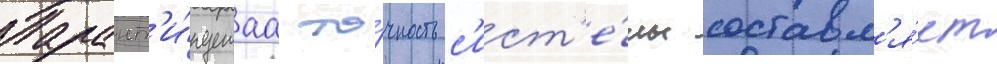
Гарант'и́руемаа то́чность с'ист'е́мы составл'я́ет